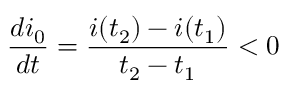
\frac { d i _ { 0 } } { d t } = \frac { i ( t _ { 2 } ) - i ( t _ { 1 } ) } { t _ { 2 } - t _ { 1 } } < 0